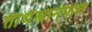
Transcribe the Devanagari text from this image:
तीर्थस्नानफलं